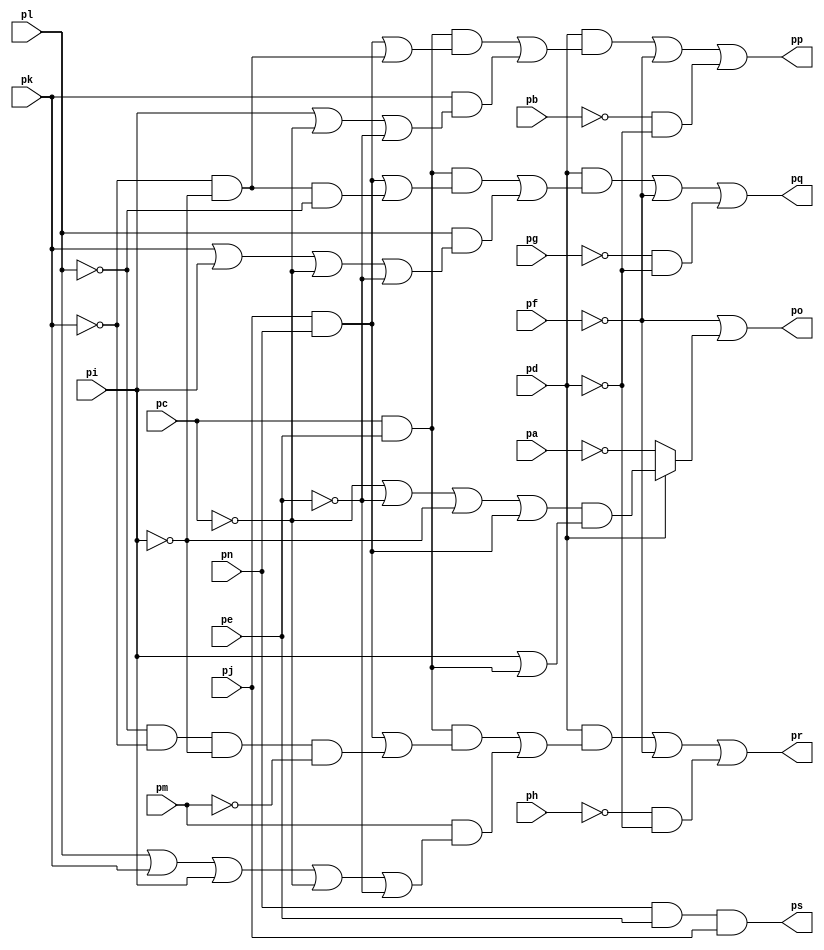
// Benchmark "top" written by ABC on Sat Apr 29 10:29:24 2023

module top ( 
    pa, pb, pc, pd, pe, pf, pg, ph, pi, pj, pk, pl, pm, pn,
    pp, pq, pr, ps, po  );
  input  pa, pb, pc, pd, pe, pf, pg, ph, pi, pj, pk, pl, pm, pn;
  output pp, pq, pr, ps, po;
  assign pp = (pd & ((pc & pe & ((pj & pn) | (~pi & ~pk))) | (pk & (pi | ~pc | ~pe)))) | ~pf | (~pb & ~pd);
  assign pq = (pd & ((pc & pe & ((pj & pn) | (~pk & ~pi & ~pl))) | (pl & (pk | pi | ~pc | ~pe)))) | ~pf | (~pg & ~pd);
  assign pr = (pd & ((pc & pe & ((pj & pn) | (~pl & ~pk & ~pi & ~pm))) | (pm & (pl | pk | pi | ~pc | ~pe)))) | ~pf | (~ph & ~pd);
  assign ps = pn & pe & pj;
  assign po = ~pf | (pd ? ((~pc | ~pe | ~pi | (pn & pj)) & (pi | (pc & pe))) : ~pa);
endmodule